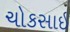
ચોકસાઇ